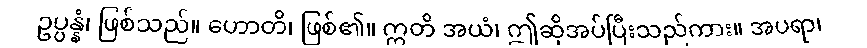
ဥပ္ပန္နံ၊ ဖြစ်သည်။ ဟောတိ၊ ဖြစ်၏။ ဣတိ အယံ၊ ဤဆိုအပ်ပြီးသည်ကား။ အပရာ၊